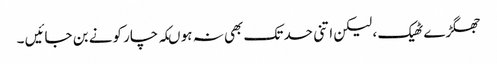
جھگڑے ٹھیک ، لیکن اتنی حد تک بھی نہ ہو ںکہ چار کونے بن جائیں ۔